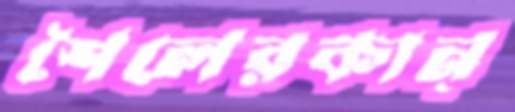
শৈলেরকান্